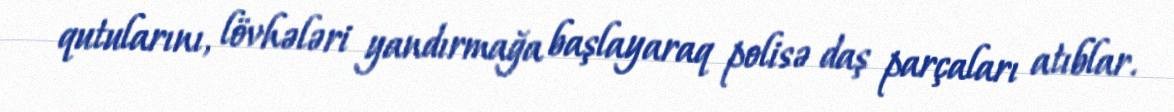
qutularını, lövhələri yandırmağa başlayaraq polisə daş parçaları atıblar.